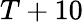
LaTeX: T+10